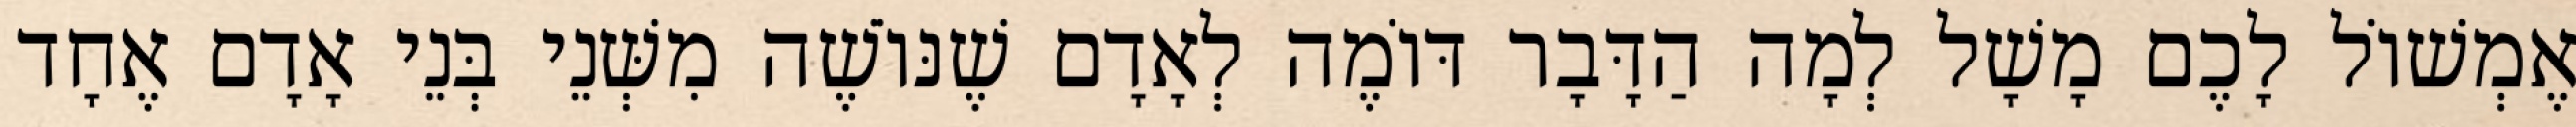
אֶמְשׁוֹל לָכֶם מָשָׁל לְמָה הַדָּבָר דּוֹמֶה לְאָדָם שֶׁנּוֹשֶׁה מִשְּׁנֵי בְּנֵי אָדָם אֶחָד